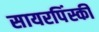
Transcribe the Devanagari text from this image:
सायरपिंस्की